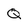
Character: Q